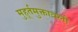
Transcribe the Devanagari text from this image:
मुहूर्तमुक्तावली